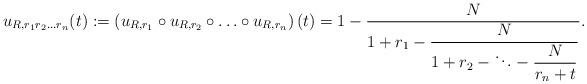
LaTeX: \begin{align*} u_{R,r_1r_2 \ldots r_n}(t) := \left(u_{R,r_1} \circ u_{R,r_2} \circ \ldots \circ u_{R,r_n}\right)(t) = 1 - \frac{N}{\displaystyle 1+r_1 -\frac{N}{\displaystyle 1+ r_2 - \ddots -\frac{N}{r_n +t}}}.\end{align*}